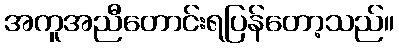
အကူအညီတောင်းရပြန်တော့သည်။